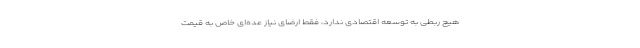
هیچ ربطی به توسعه اقتصادی ندارد، فقط ارضای نیاز عده‌ای خاص به قیمت